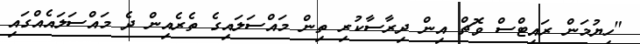
"ހިޔުމަން ރައިޓްސް ވޮޗް އިން ދިރާސާކުރި ތިން މައްސަލައިގެ ތެރެއިން ދެ މައްސަލައެއްގައި